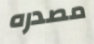
مصدره